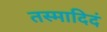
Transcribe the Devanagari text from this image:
तस्मादिदं